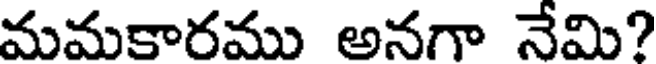
మమకారము అనగా నేమి?